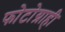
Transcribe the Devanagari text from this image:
फोटोग्राही